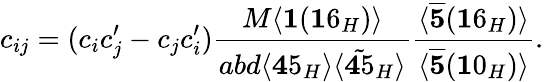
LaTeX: c_{ij}=(c_{i}c_{j}^{\prime}-c_{j}c_{i}^{\prime})\frac{M\langle{\mathbf 1}({\mathbf 16}_{H})\rangle}{abd\langle{\mathbf 45}_{H}\rangle\langle\tilde{{\mathbf 45}}_{H}\rangle}\frac{\langle\overline{{{{\mathbf 5}}}}({\mathbf 16}_{H})\rangle}{\langle\overline{{{{\mathbf 5}}}}({\mathbf 10}_{H})\rangle}.